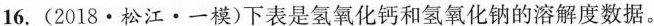
16.(2018·松江·一模)下表是氢氧化钙和氢氧化钠的溶解度数据。